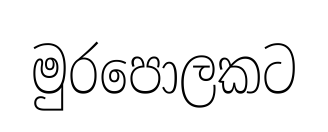
මුරපොලකට